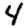
Digit: 4